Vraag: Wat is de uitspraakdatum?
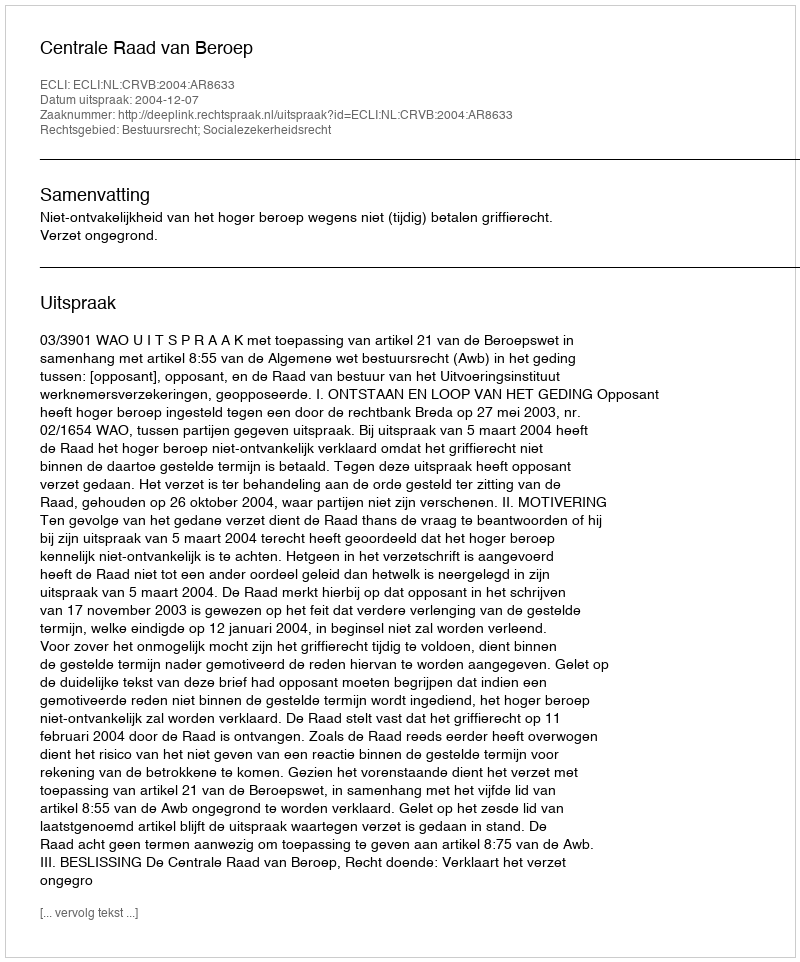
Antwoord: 2004-12-07